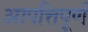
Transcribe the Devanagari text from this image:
आपत्तिपूर्ण